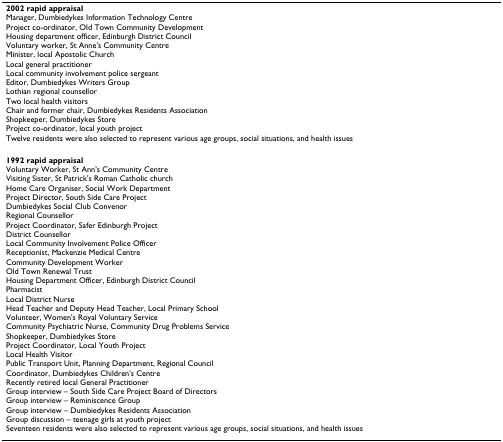
| 2002 rapid appraisalManager, Dumbiedykes Information Technology CentreProject co-ordinator, Old Town Community DevelopmentHousing department officer, Edinburgh District CouncilVoluntary worker, St Anne's Community CentreMinister, local Apostolic ChurchLocal general practitionerLocal community involvement police sergeantEditor, Dumbiedykes Writers GroupLothian regional counsellorTwo local health visitorsChair and former chair, Dumbiedykes Residents AssociationShopkeeper, Dumbiedykes StoreProject co-ordinator, local youth projectTwelve residents were also selected to represent various age groups, social situations, and health issues |
 | --- |
 | 1992 rapid appraisalVoluntary Worker, St Ann's Community CentreVisiting Sister, St Patrick's Roman Catholic churchHome Care Organiser, Social Work DepartmentProject Director, South Side Care ProjectDumbiedykes Social Club ConvenorRegional CounsellorProject Coordinator, Safer Edinburgh ProjectDistrict CounsellorLocal Community Involvement Police OfficerReceptionist, Mackenzie Medical CentreCommunity Development WorkerOld Town Renewal TrustHousing Department Officer, Edinburgh District CouncilPharmacistLocal District NurseHead Teacher and Deputy Head Teacher, Local Primary SchoolVolunteer, Women's Royal Voluntary ServiceCommunity Psychiatric Nurse, Community Drug Problems ServiceShopkeeper, Dumbiedykes StoreProject Coordinator, Local Youth ProjectLocal Health VisitorPublic Transport Unit, Planning Department, Regional CouncilCoordinator, Dumbiedykes Children's CentreRecently retired local General PractitionerGroup interview – South Side Care Project Board of DirectorsGroup interview – Reminiscence GroupGroup interview – Dumbiedykes Residents AssociationGroup discussion – teenage girls at youth projectSeventeen residents were also selected to represent various age groups, social situations, and health issues |